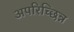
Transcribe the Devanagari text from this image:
अपरिच्छिन्न